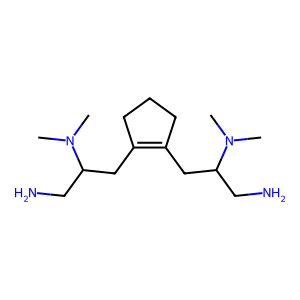
SMILES: CN(C)C(CN)CC1=C(CC(CN)N(C)C)CCC1
Inhibits HIV replication: No